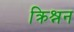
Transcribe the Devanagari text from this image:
क्रिश्नन